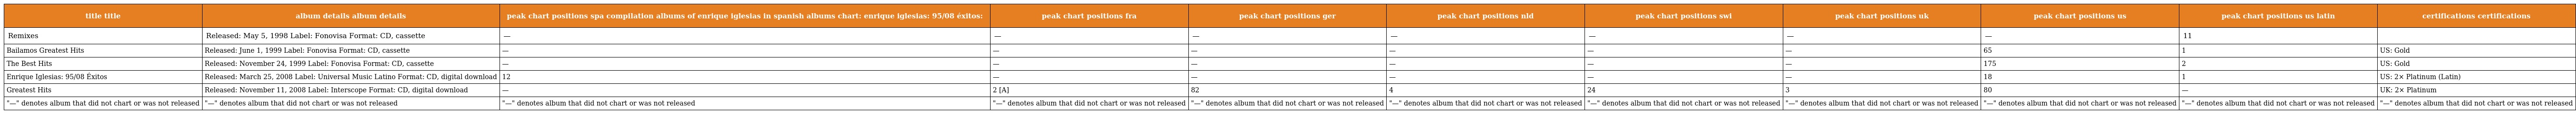
| title title | album details album details | peak chart positions spa compilation albums of enrique iglesias in spanish albums chart: enrique iglesias: 95/08 éxitos: | peak chart positions fra | peak chart positions ger | peak chart positions nld | peak chart positions swi | peak chart positions uk | peak chart positions us | peak chart positions us latin | certifications certifications |
 | --- | --- | --- | --- | --- | --- | --- | --- | --- | --- | --- |
 | Remixes | Released: May 5, 1998 Label: Fonovisa Format: CD, cassette | — | — | — | — | — | — | — | 11 |  |
 | Bailamos Greatest Hits | Released: June 1, 1999 Label: Fonovisa Format: CD, cassette | — | — | — | — | — | — | 65 | 1 | US: Gold |
 | The Best Hits | Released: November 24, 1999 Label: Fonovisa Format: CD, cassette | — | — | — | — | — | — | 175 | 2 | US: Gold |
 | Enrique Iglesias: 95/08 Éxitos | Released: March 25, 2008 Label: Universal Music Latino Format: CD, digital download | 12 | — | — | — | — | — | 18 | 1 | US: 2× Platinum (Latin) |
 | Greatest Hits | Released: November 11, 2008 Label: Interscope Format: CD, digital download | — | 2 [A] | 82 | 4 | 24 | 3 | 80 | — | UK: 2× Platinum |
 | "—" denotes album that did not chart or was not released | "—" denotes album that did not chart or was not released | "—" denotes album that did not chart or was not released | "—" denotes album that did not chart or was not released | "—" denotes album that did not chart or was not released | "—" denotes album that did not chart or was not released | "—" denotes album that did not chart or was not released | "—" denotes album that did not chart or was not released | "—" denotes album that did not chart or was not released | "—" denotes album that did not chart or was not released | "—" denotes album that did not chart or was not released |